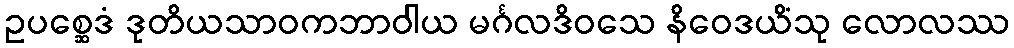
ဥပစ္ဆေဒံ ဒုတိယသာဝကဘာဝါယ မင်္ဂလဒိဝသေ နိဝေဒယိံသု လောလဿ